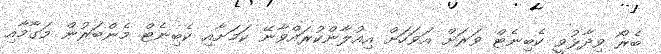
ބެރޯ ވިދާޅުވީ ކެބިނެޓް ވަރަށް އަވަހަށް އިއުލާންކުރައްވާނޭ ކަމަށާއި ކެބިނެޓް މެންބަރުން މަގާމާއި